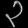
Digit: ၃